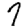
Digit: 7